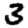
Digit: 3